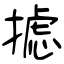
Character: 摅